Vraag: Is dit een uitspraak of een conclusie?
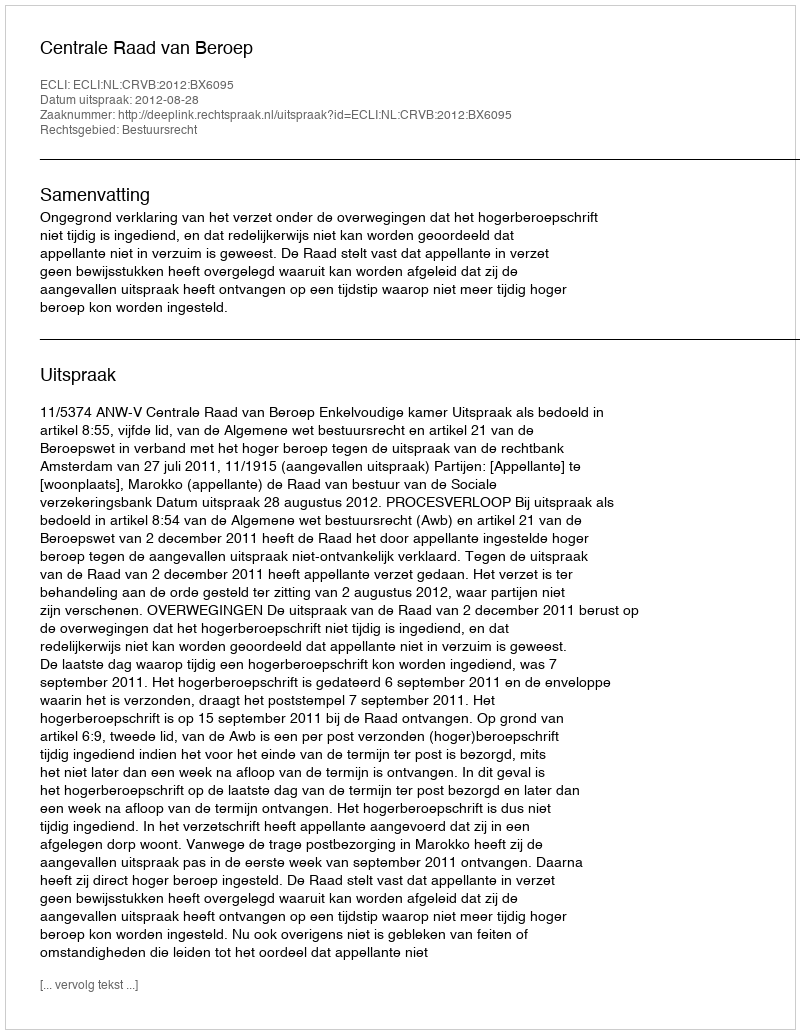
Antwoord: Uitspraak